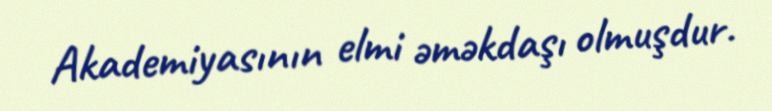
Akademiyasının elmi əməkdaşı olmuşdur.